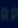
RIP